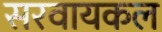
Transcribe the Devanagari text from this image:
सरवायकल